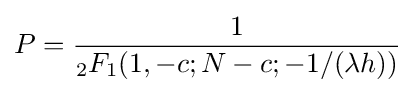
P={\frac {1}{{}_{2}F_{1}(1,-c;N-c;-1/(\lambda h))}}